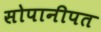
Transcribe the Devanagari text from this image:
सोपानीपत